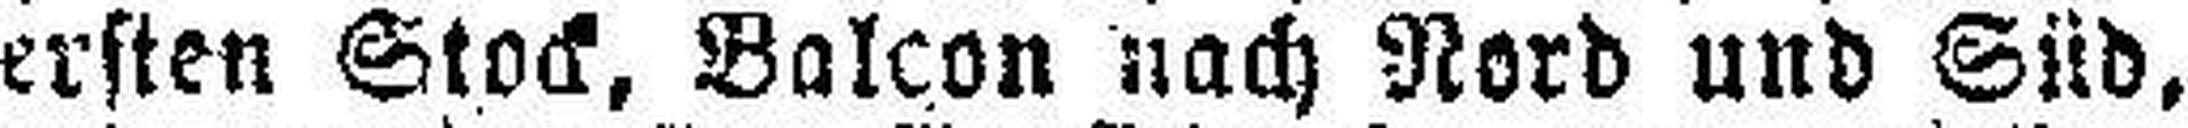
ersten Stock, Balcon nach Nord und Süd,